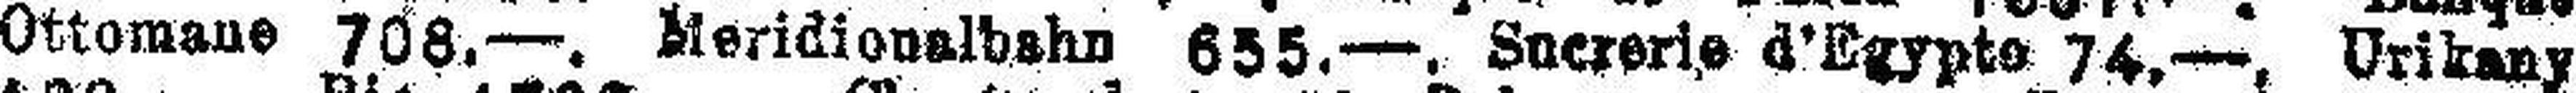
Ottomane 708.—. Meridionalbahn 655.—. Snersrie d’Egypte 74,— Urikany